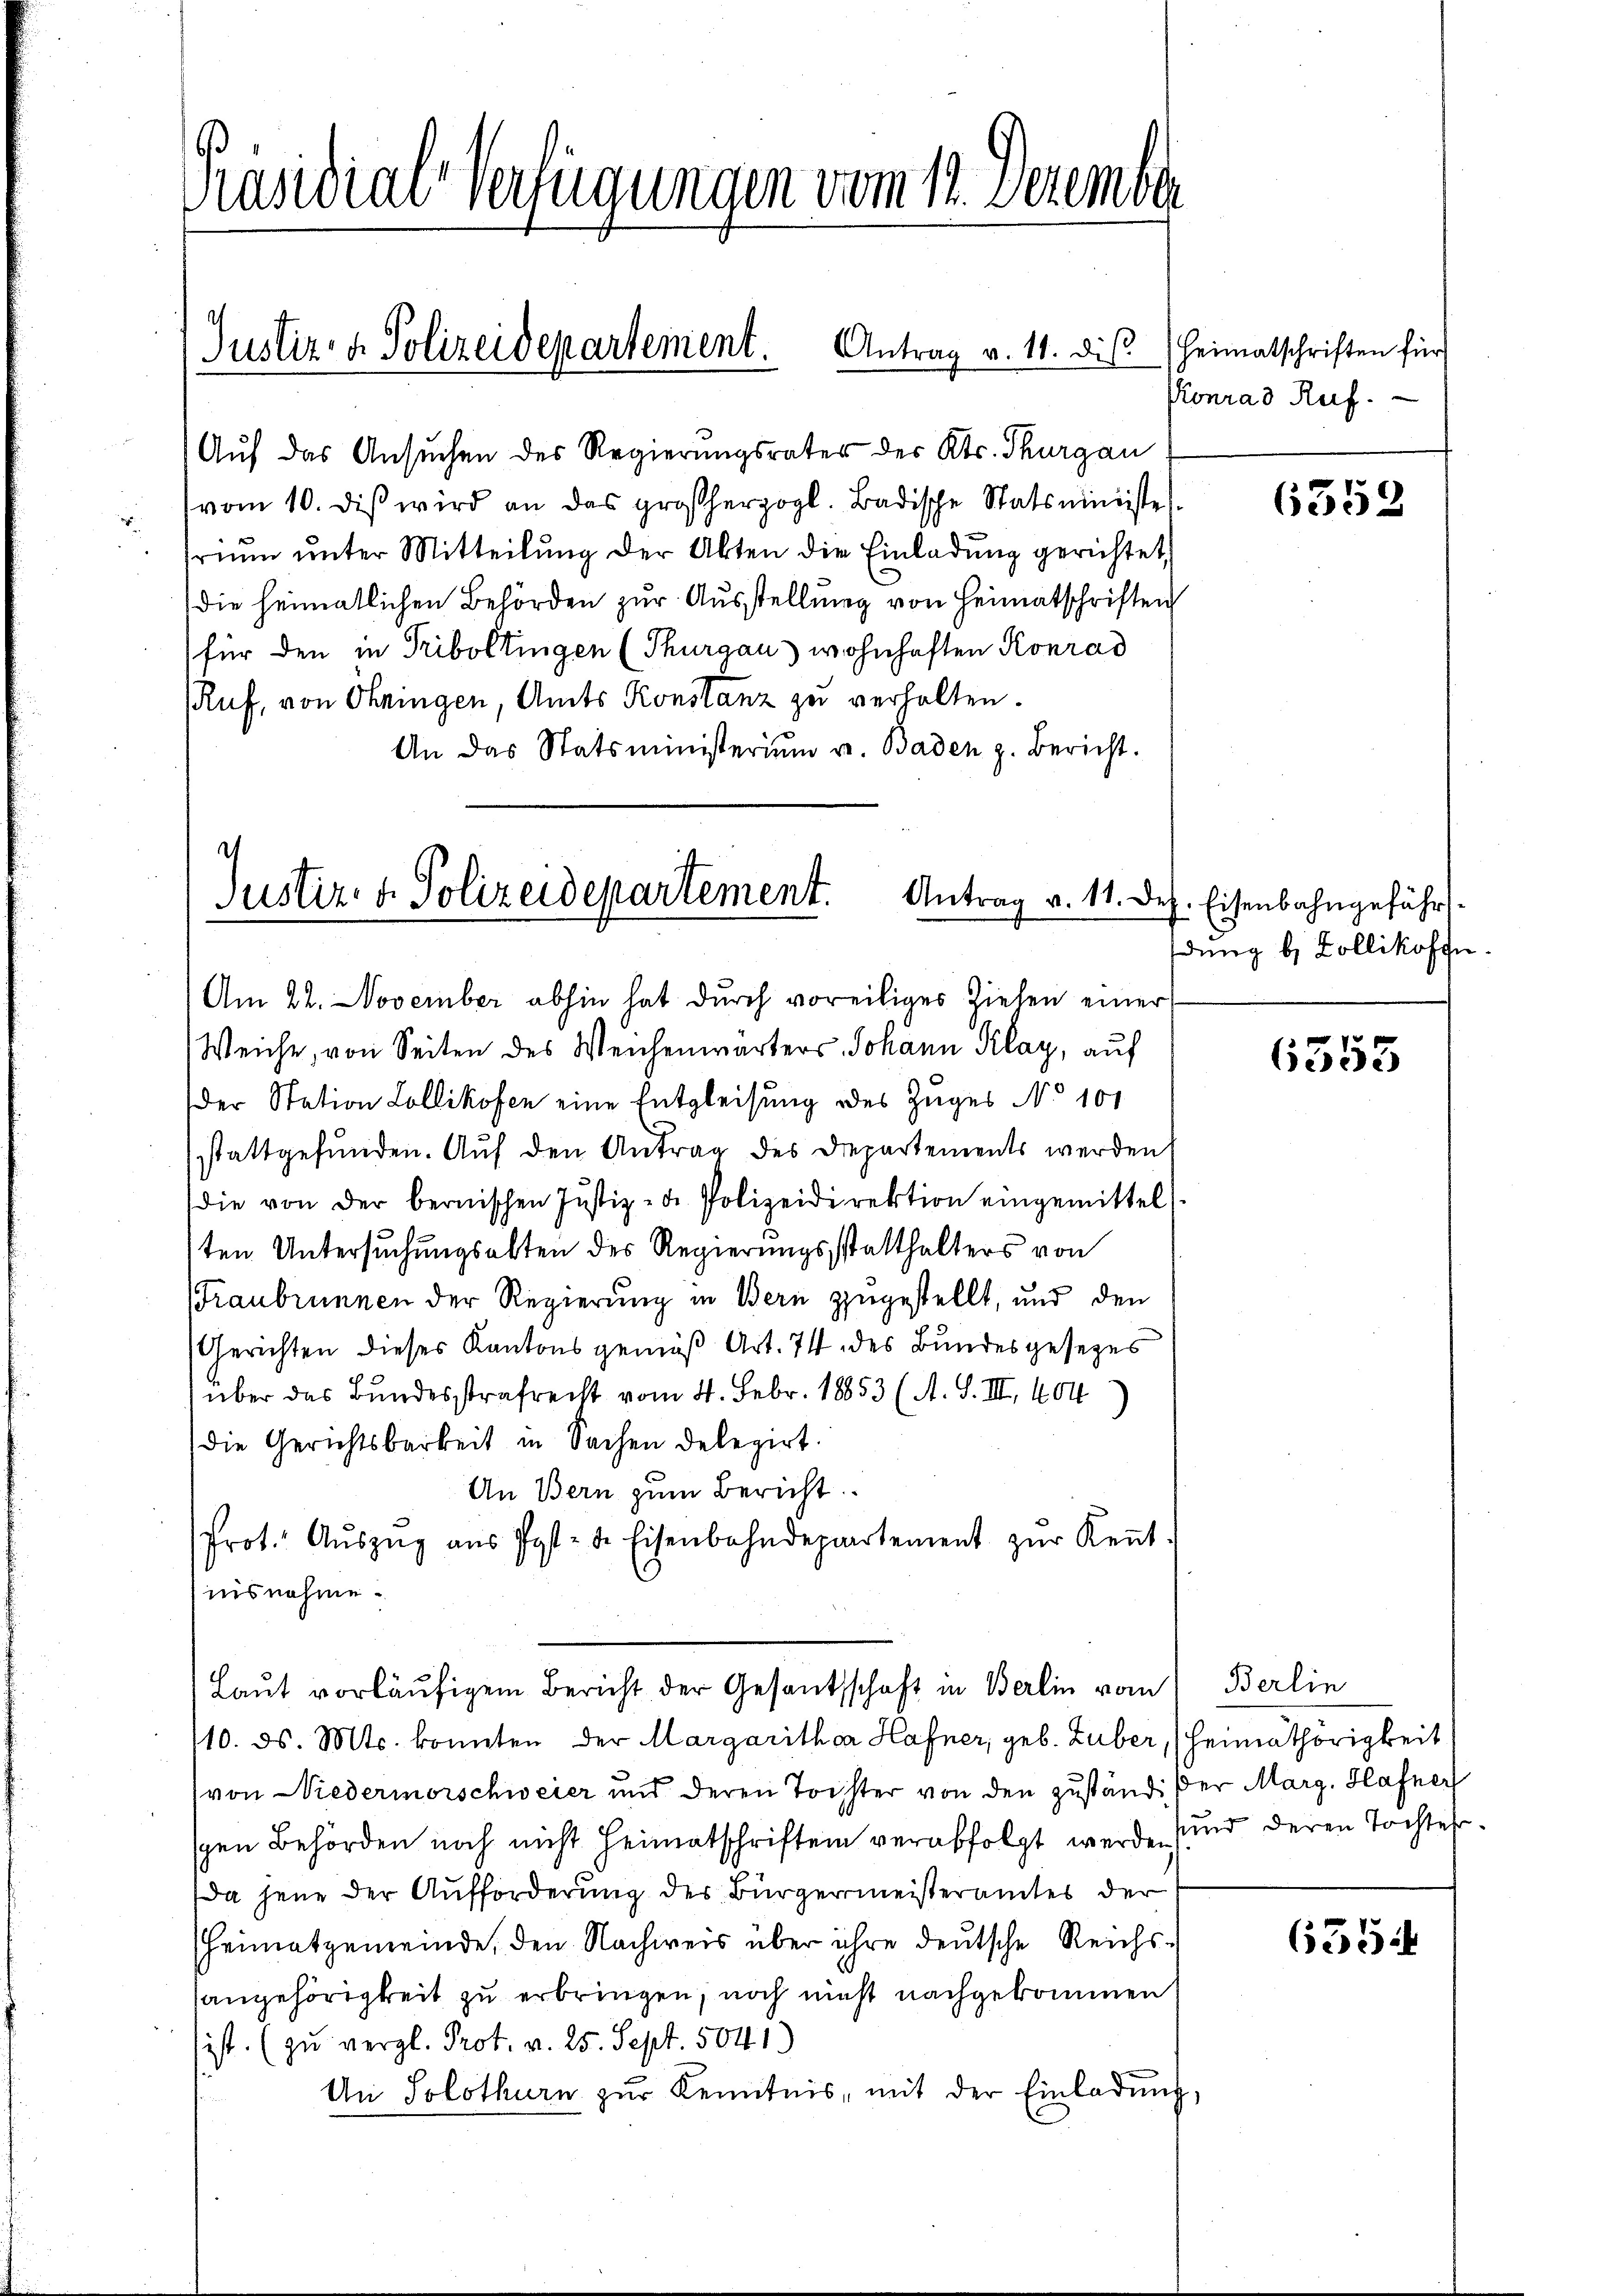
Präsidial-Verfügungen vom 11. Dezember

Auf das Ansuchen des Regierungsrates des Kts. Thurgau
vom 10. diβ wird an das großherzogl. Badische Statsministe
friŭm ŭnter Mitteilŭng der Akten die Einladung gerichtet,
die heimatlichen Behörden zur Ausstellung von Heimatschriften
für den in Triboltingen (Thurgau, wohnhaften Konrad
Ruf, von Ohringen, Amts Konstanz zu verhalten.
An das Statsministerium u. Baden z. Bericht.

Justiz- & Polizeidepartement.

Antrag v. 11. dis

c
Justiz- & Polizeidepartement. Antrag v. 11. De

Am 22. November abhin hat durch voreiliges Zielen einer
Weiche, von Seiten des Weichenwärters Johann Klay, auf
der Station Zollikofen eine Entgleisung des Zuges No 101
stattgefunden. Auf den Antrag des Departements werden
die von der bernischen Justiz- & Polizeidirektion eingemittelt.
1ten Untersuchungsalten des Regierungsstatthalters von
Traubrunnen der Regierung in Bern zugestellt, und den
Gerichten dieses Kantonsgemäß Art. 74 des Bundesgesezes
über das Bundesstrafrecht vom 4. Febr. 18853 (A. S. III, 404
die Gerichtsbarkeit in Sachen delegirt.
An Bern zum Bericht
Prot. Aŭszŭg aŭs Post- u. Eisenbahndepartement zŭr Keṅt.
isnahme.
Laut vorläufigem Bericht der Gesandtschaft in Berlin vom
110. ds. Mts. konnten der Margarithaar Hafner, geb. Zuber, Heimathörigkeit
von Niedermorschweier und deren Tochter von den zuständiger Marg. Hafner
schen Behörden noch nicht Heimatschriften verabfolgt werde, sind deren Tochtes.
Da jene der Aufforderung der Bürgermeisteramtes der
Heimatgemeinde, den Nachweis über ihre deutsche Reichssangehörigkeit zu erbringen, noch nicht nachgekommen
ist. (zu vergl. Prot. v. 25. Sept. 5041
An Solothurn zur Kenntnis, mit der Einladung,

Heimatschriften für
Konrad Ruf.

6352

ch. Eisenbahngeführt.
dung b. Zollikoffe

6353

Berlin

6554